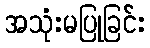
အသုံးမပြုခြင်း